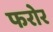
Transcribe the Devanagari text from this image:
फरोर